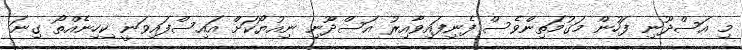
މި އަސްދޫނި ފަހުން މަގުމަތިންވެސް ފެނިފައިވާއިރު އަސްދޫނި ނިއުޔޯކަށް އައިސްފައިވަނީ ކިހިނެއްތޯ ގިނަ